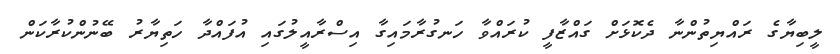
ލީބިޔާގެ ރައްޔިތުންނާ ދެކޮޅަށް ގައްޒާފީ ކުރައްވާ ހަނގުރާމައިގާ އިސްރާއީލުގައި އުފައްދާ ހަތިޔާރު ބޭނުންކުރާކަން